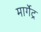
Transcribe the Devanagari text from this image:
मार्गेट्र